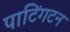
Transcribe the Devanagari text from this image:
पाटिंगटन